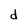
Character: d